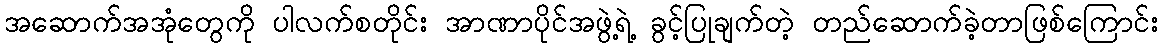
အဆောက်အအုံတွေကို ပါလက်စတိုင်း အာဏာပိုင်အဖွဲ့ရဲ့ ခွင့်ပြုချက်တဲ့ တည်ဆောက်ခဲ့တာဖြစ်ကြောင်း